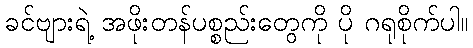
ခင်ဗျားရဲ့ အဖိုးတန်ပစ္စည်းတွေကို ပို ဂရုစိုက်ပါ။